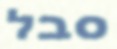
סבל